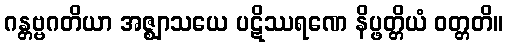
ဂန္တဗ္ဗဂတိယာ အဇ္ဈာသယေ ပဋိဿရဏေ နိပ္ဖတ္တိယံ ဝတ္တတိ။